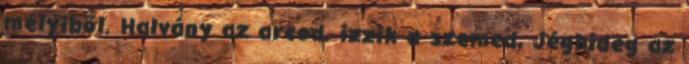
mélyiből. Halvány az arcod, izzik a szemed, Jéghideg az